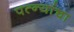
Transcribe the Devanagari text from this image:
पत्‍न्यांचा